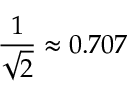
{ \frac { 1 } { \sqrt { 2 } } } \approx 0 . 7 0 7